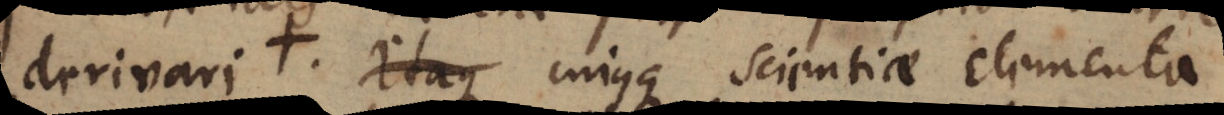
derivari +. itaque cujusque scientiae Elementa